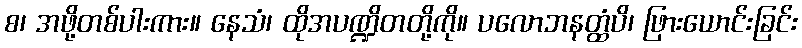
စ၊ အဖို့တစ်ပါးကား။ နေသံ၊ ထိုအပဏ္ဍိတတို့ကို။ ပလောဘနတ္ထံပိ၊ ဖြားယောင်းခြင်း